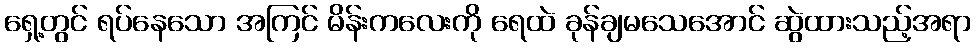
ရှေ့တွင် ရပ်နေသော အကြင် မိန်းကလေးကို ရေထဲ ခုန်ချမသေအောင် ဆွဲထားသည့်အရာ